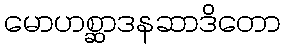
မောဟစ္ဆာဒနဆာဒိတော